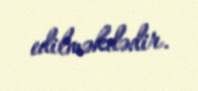
edilməkdədir.